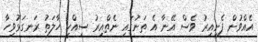
އެއްވުން ފެށިއިރު ވެސް އޭނާ އެ ތަނުގައި ނެތްއިރު ސިއްހީ ހާލަތު ރަނގަޅުވިހާ